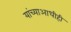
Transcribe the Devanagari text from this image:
यांच्याआधीही